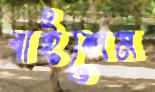
বাইলেন